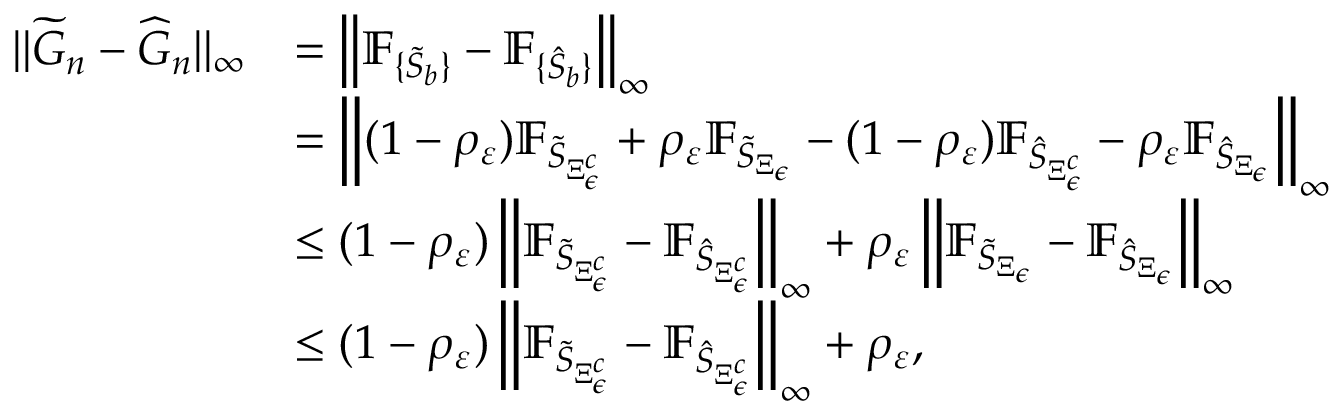
\begin{array} { r l } { \| \widetilde { G } _ { n } - \widehat { G } _ { n } \| _ { \infty } } & { = \left\| \mathbb { F } _ { \{ \tilde { S } _ { b } \} } - \mathbb { F } _ { \{ \hat { S } _ { b } \} } \right\| _ { \infty } } \\ & { = \left\| ( 1 - \rho _ { \varepsilon } ) \mathbb { F } _ { \tilde { S } _ { \Xi _ { \epsilon } ^ { c } } } + \rho _ { \varepsilon } \mathbb { F } _ { \tilde { S } _ { \Xi _ { \epsilon } } } - ( 1 - \rho _ { \varepsilon } ) \mathbb { F } _ { \hat { S } _ { \Xi _ { \epsilon } ^ { c } } } - \rho _ { \varepsilon } \mathbb { F } _ { \hat { S } _ { \Xi _ { \epsilon } } } \right\| _ { \infty } } \\ & { \leq ( 1 - \rho _ { \varepsilon } ) \left\| \mathbb { F } _ { \tilde { S } _ { \Xi _ { \epsilon } ^ { c } } } - \mathbb { F } _ { \hat { S } _ { \Xi _ { \epsilon } ^ { c } } } \right\| _ { \infty } + \rho _ { \varepsilon } \left\| \mathbb { F } _ { \tilde { S } _ { \Xi _ { \epsilon } } } - \mathbb { F } _ { \hat { S } _ { \Xi _ { \epsilon } } } \right\| _ { \infty } } \\ & { \leq ( 1 - \rho _ { \varepsilon } ) \left\| \mathbb { F } _ { \tilde { S } _ { \Xi _ { \epsilon } ^ { c } } } - \mathbb { F } _ { \hat { S } _ { \Xi _ { \epsilon } ^ { c } } } \right\| _ { \infty } + \rho _ { \varepsilon } , } \end{array}